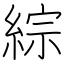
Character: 綜